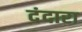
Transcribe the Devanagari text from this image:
दंदारा